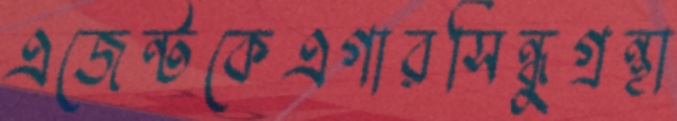
এজেন্টকেএগারসিন্ধুগ্রন্থা